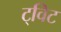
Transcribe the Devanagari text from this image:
ट्‌विट